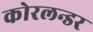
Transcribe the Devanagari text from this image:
कोरलन्डर